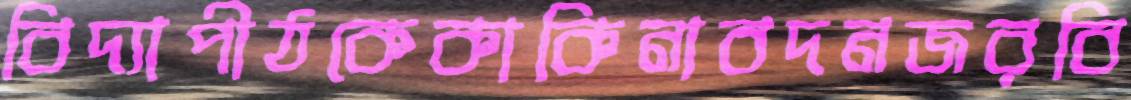
বিদ্যাপীঠকেকাকিনাবদনজরবি